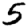
Digit: 5